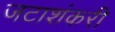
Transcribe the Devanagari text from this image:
जटाशंकरी